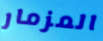
المزمار